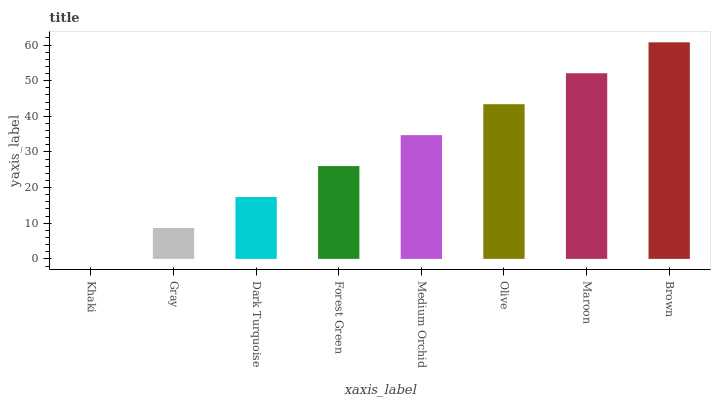
| xaxis_label | bars |
 | --- | --- |
 | Khaki | 0 |
 | Gray | 8.68 |
 | Dark Turquoise | 17.4 |
 | Forest Green | 26 |
 | Medium Orchid | 34.7 |
 | Olive | 43.4 |
 | Maroon | 52.1 |
 | Brown | 60.8 |